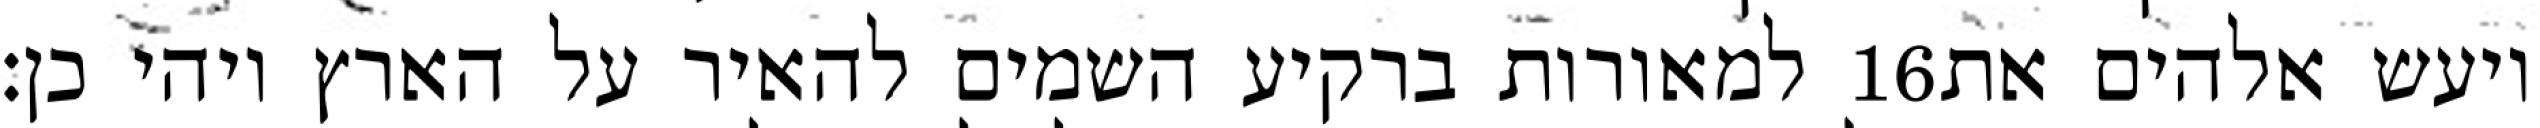
למאורות ברקיע השמים להאיר על הארץ ויהי כן׃ ‎16‏ ויעש אלהים את